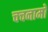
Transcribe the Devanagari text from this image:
चचनामो